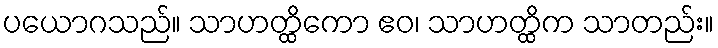
ပယောဂသည်။ သာဟတ္ထိကော ဧဝ၊ သာဟတ္ထိက သာတည်း။